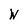
Character: W